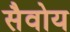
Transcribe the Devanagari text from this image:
सैवोय